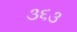
૩૬૩